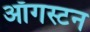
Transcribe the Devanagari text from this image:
ऑगस्टन